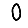
Digit: 0